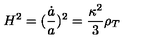
H ^ { 2 } = ( \frac { \dot { a } } { a } ) ^ { 2 } = \frac { \kappa ^ { 2 } } { 3 } \rho _ { T }